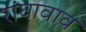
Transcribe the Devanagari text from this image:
रांघावाव